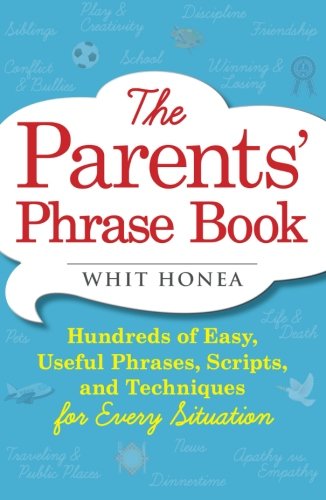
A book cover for The Parents' Phrase Book: Hundreds of Easy, Useful Phrases, Scripts, and Techniques for Every Situation; Whit Honea; Self-Help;